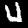
Label: 4